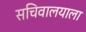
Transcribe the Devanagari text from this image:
सचिवालयाला